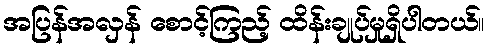
အပြန်အလှန် စောင့်ကြည့် ထိန်းချုပ်မှုရှိပါတယ်။